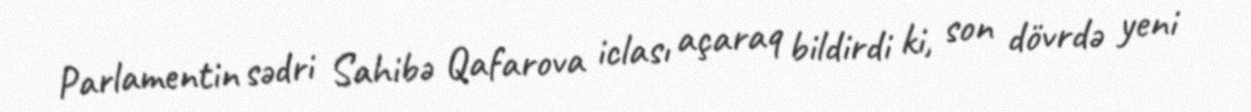
Parlamentin sədri Sahibə Qafarova iclası açaraq bildirdi ki, son dövrdə yeni